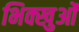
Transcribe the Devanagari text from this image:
भिक्खुओं